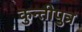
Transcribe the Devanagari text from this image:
कुन्तीपुत्र